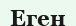
Еген